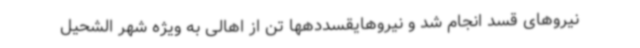
نیروهای قسد انجام شد و نیروهایقسددهها تن از اهالی به ویژه شهر الشحیل